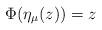
LaTeX: \begin{align*}\Phi(\eta_{\mu}(z))=z\end{align*}